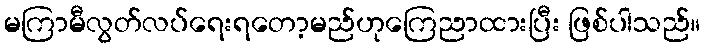
မကြာမီလွတ်လပ်ရေးရတော့မည်ဟုကြေညာထားပြီး ဖြစ်ပါသည်။